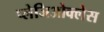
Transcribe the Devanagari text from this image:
प्लेजिओक्लेस